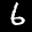
Label: 6